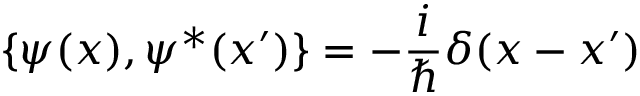
\{ \psi ( x ) , \psi ^ { * } ( x ^ { \prime } ) \} = - \frac { i } { \hbar } \delta ( x - x ^ { \prime } )